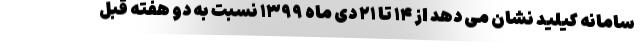
سامانه کیلید نشان می دهد از ۱۴ تا ۲۱ دی ماه ۱۳۹۹ نسبت به دو هفته قبل